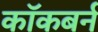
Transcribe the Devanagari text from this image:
काॅकबर्न